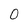
Character: 0